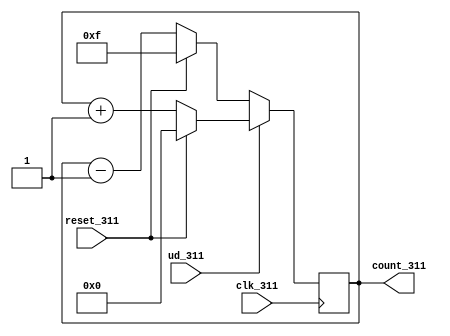
`timescale 1ns / 1ps
//////////////////////////////////////////////////////////////////////////////////
// Company: 
// Engineer: 
// 
// Design Name: 
// Module Name:    up_down_311 
// Project Name: 
// Target Devices: 
// Tool versions: 
// Description: 
//
// Dependencies: 
//
// Revision: 
// Revision 0.01 - File Created
// Additional Comments: 
//
//////////////////////////////////////////////////////////////////////////////////
module up_down_311(
    output reg [3:0] count_311,
    input ud_311,
    input clk_311,
    input reset_311
    );
		always@(negedge clk_311)
			begin
				if(ud_311==1)
					begin
						if(reset_311==1)
						count_311=0;
						else
						count_311=count_311+1;
					end
				else
					begin
						if(reset_311==1)
						count_311=255;
						else
						count_311=count_311-1;
					end
			end	
endmodule